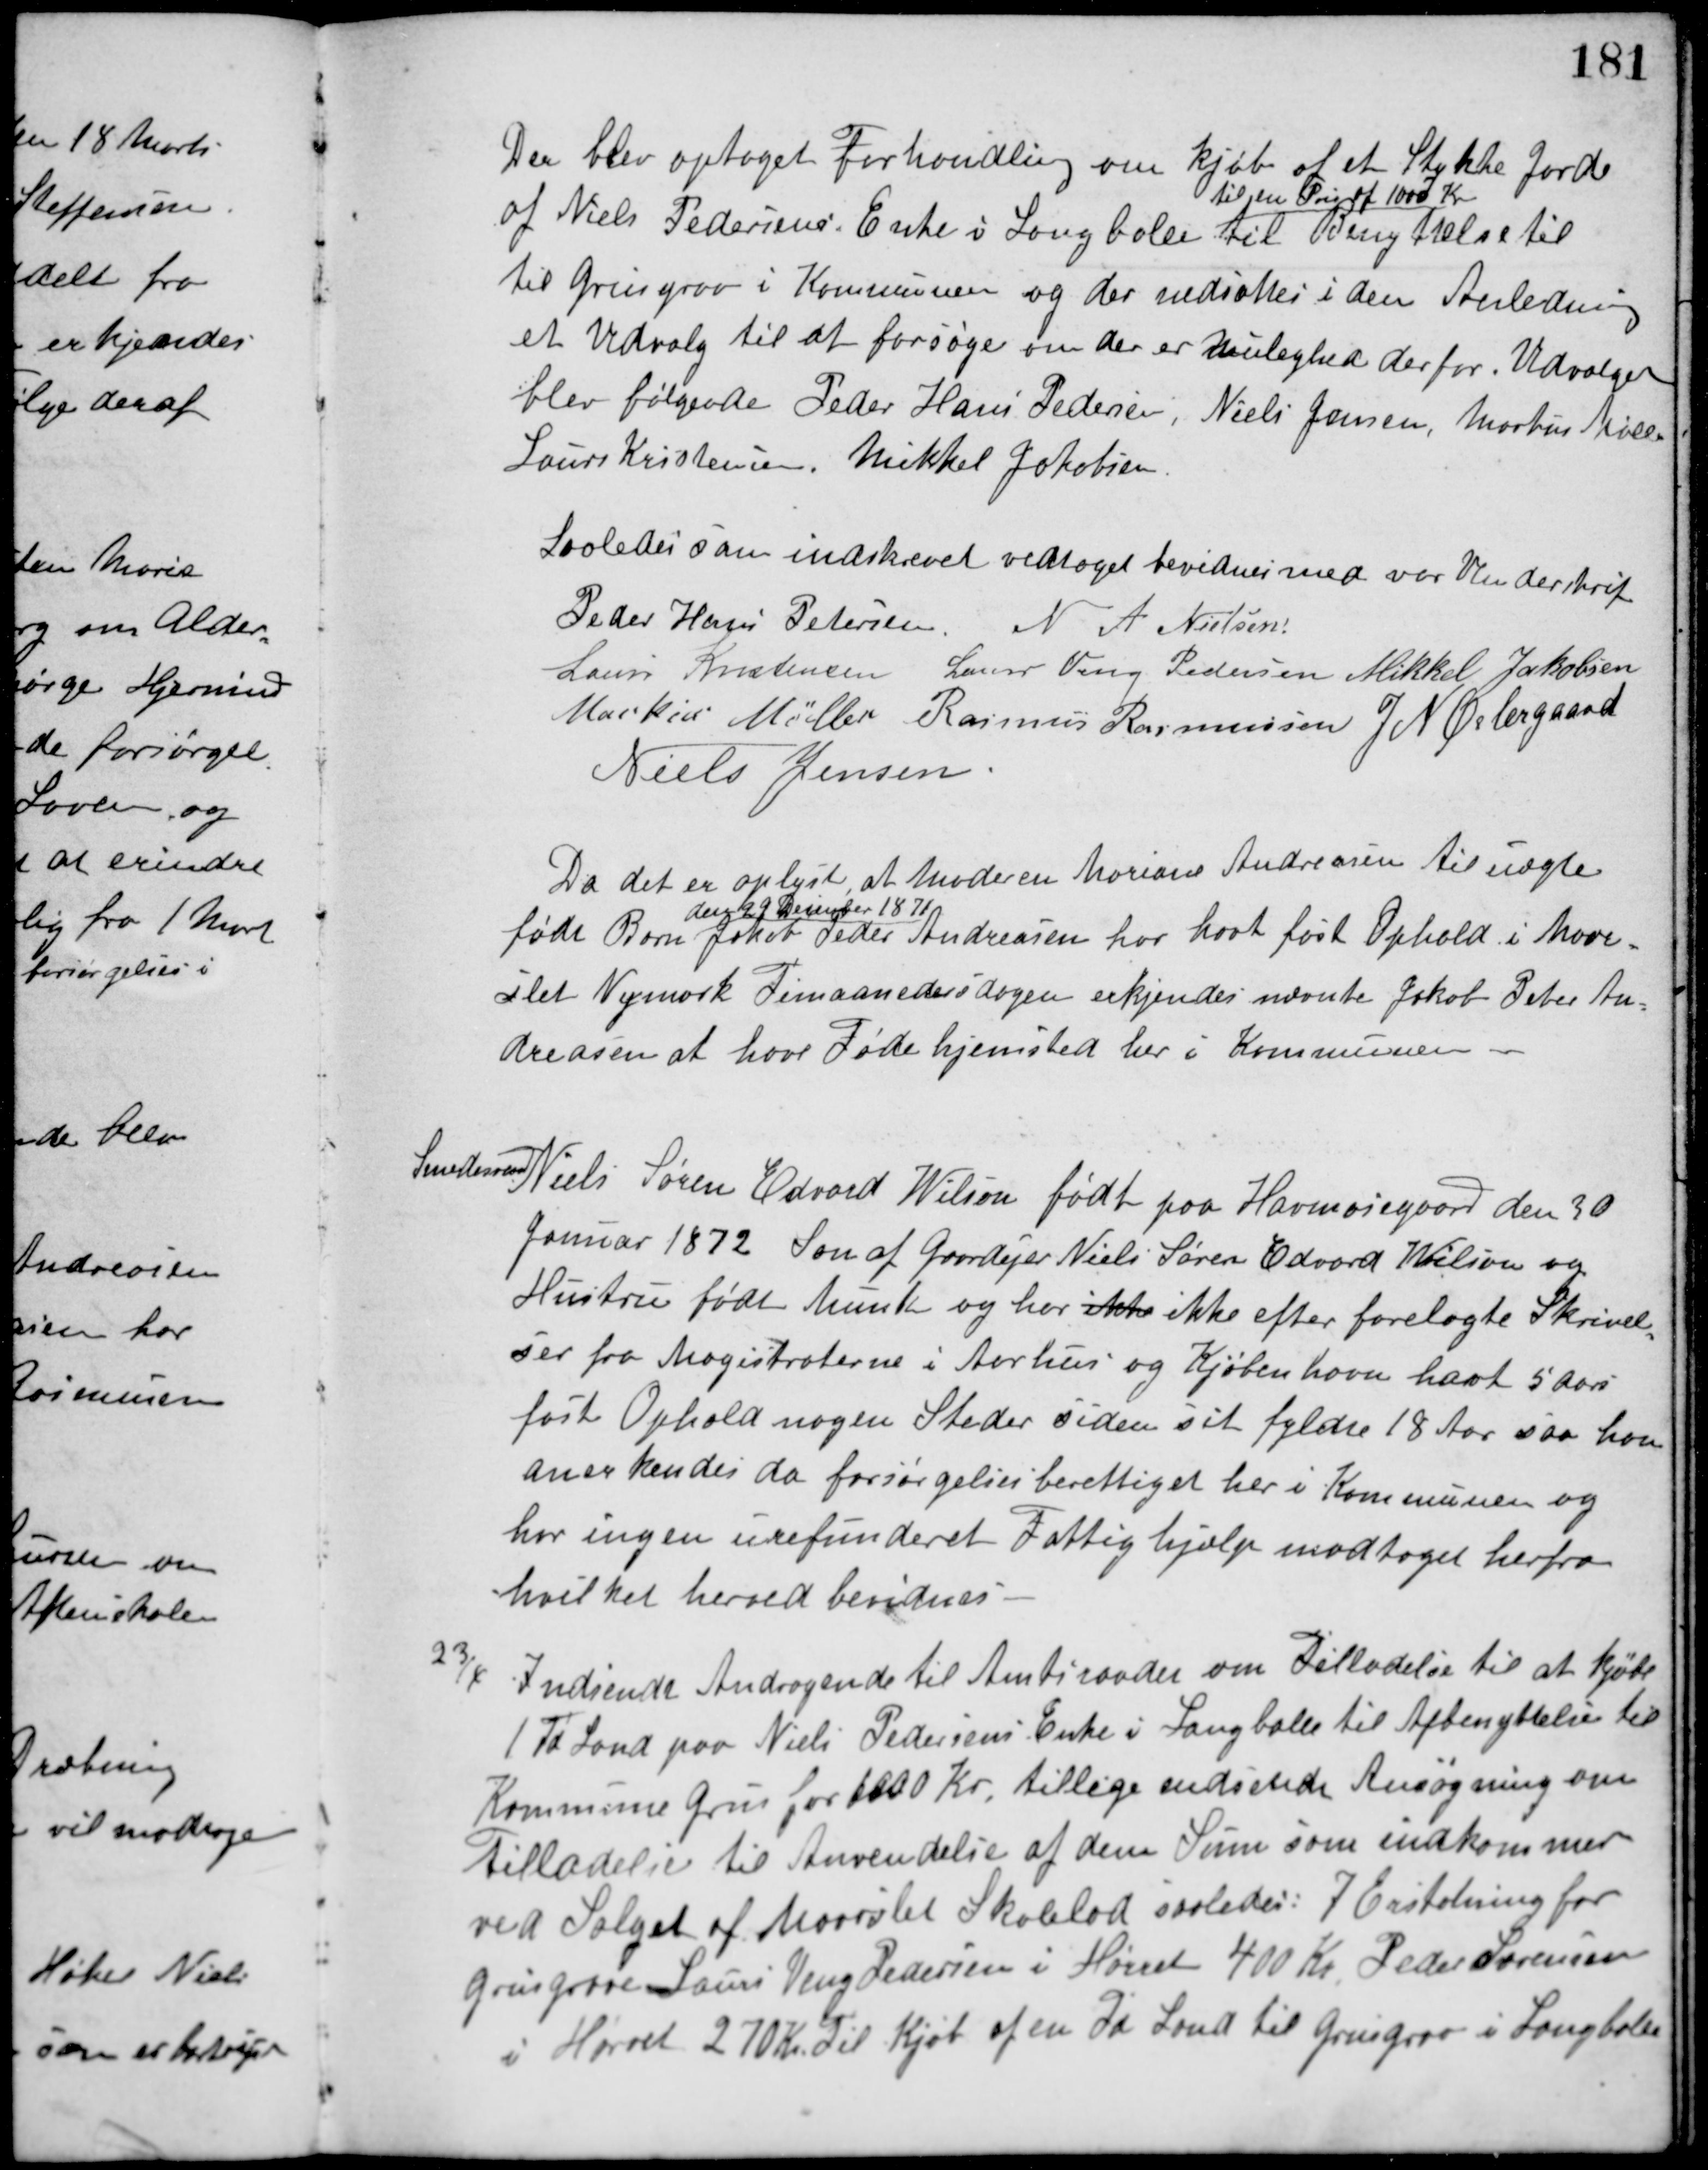
Transskription:
Der blev optaget Forhandling om kjøb af et Stykke Jord
af Niels Pedersens Enke i Langballe
til en Pris af 1000 Kr.
til Benyttelse til
til Grusgrav i Kommunen og der nedsattes i den Anledning
et Udvalg til at forsøge om der er mulighed derfor. Udvalget
blev følgende Peder Hans Pedersen, Niels Jensen, Markus Møller,
Laurs Kristensen, Mikkel Jakobsen.
Saaledes som indskrevet vedtaget bevidnes med vor Underskrift.
Peder Hans Petersen N. A. Nielsen
Laurs Kristensen Laurs Veng Pedersen Mikkel Jakobsen
Markus Møller Rasmus Rasmussen J. N. Østergaard
Niels Jensen
Da det er oplyst, at Moderen Mariane Andreasen til uægte
født Barn
den 29 December 1871
Jakob Peder Andreasen har havt fast Ophold i Maar-
slet Nymark Timaanedersdagen erkjendes nævnte Jakob Peter An-
dreasen at have Føde hjemsted her i Kommunen.
Smedesvend
Niels Søren Edvard Wilson født paa Havmosegaard den 30
Januar 1872 Søn af Gaardejer Niels Søren Edvard Wilson og
Hustru født Munk og har ikke ikke efter forelagte Skrivel-
ser fra Magistraterne i Aarhus og Kjøbenhavn havt 5 Aars
fast Ophold nogen Steder siden sit fyldte 18 Aar saa han
anerkendes da forsørgelsesberettiget her i Kommunen og
har ingen urefunderet Fattighjælp modtaget herfra
hvilket herved bevidnes.
23/4
Indsendt Andragende til Amtsraadet om Tilladelse til at kjøbe
1 Td Land paa Niels Pedersens Enke i Langballe til Afbenyttelse til
Kommune Grus for 1000 Kr. tillige indsendt Ansøgning om
Tilladelse til Anvendelse af den Sum som indkommer
ved Salget af Maarslet Skolelod saaledes: I Erstatning for
Grusgrave Laurs Veng Pedersen i Hørret 400 Kr. Peder Sørensen
i Hørret 270 Kr. Til Kjøb af en Td Land til Grusgrav i Langballe